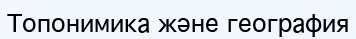
Топонимика және география